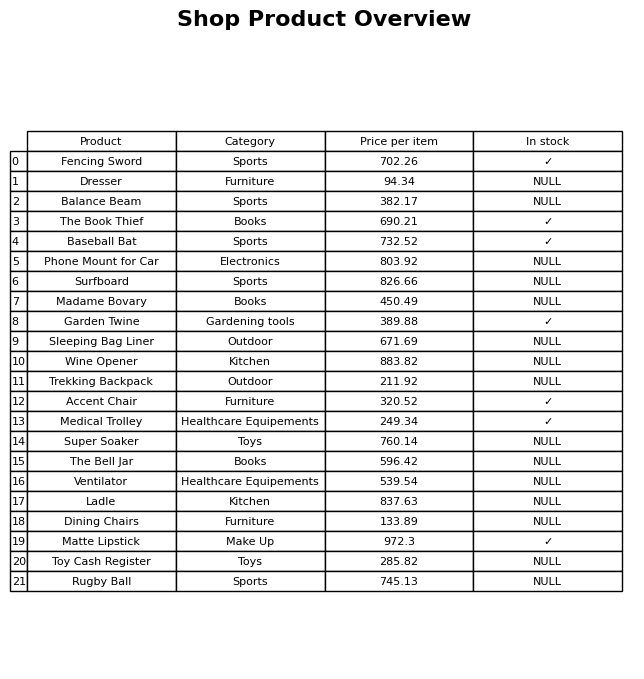
question: What is the price of the Super Soaker?
answer: The price of Super Soaker is 760.14.